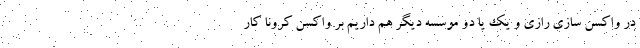
در واکسن سازی رازی و یک یا دو موسسه دیگر هم داریم بر واکسن کرونا کار